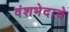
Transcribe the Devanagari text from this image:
वंशभेदाचे